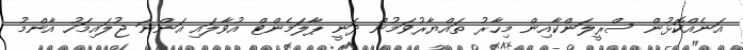
އަނެއްކޮޅުން ސްރީލަންކާއިން މިހާރު ތައްޔާރުވަމުން ދަނީ ޕާލަމެންޓް އުވާލައި އަންނަ ޖުލައިމަހު އާންމު